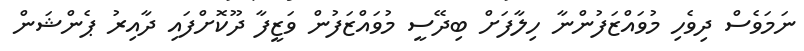
ނަމަވެސް ދިވެހި މުވައްޒަފުންނާ ހިލާފަށް ބިދޭސީ މުވައްޒަފުން ވަޒީފާ ދޫކޮށްފައި ދާއިރު ޕެންޝަން